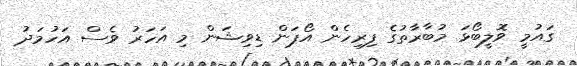
ގައުމީ ވޮލީބޯޅަ މުބާރާތުގެ ފިރިހެން އޯޕަން ޑިވިޝަން މި އަހަރު ވެސް އަހުމަދު